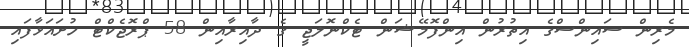
މެރިން ސައިންސްގެ އިތުރުން އިންފޮމޭޝަން ޓެކްނޮލަޖީ ގެ ދާއިރާއިން 58 ޕްރޮޖެކްޓް ހުށައަޅާފައި